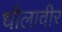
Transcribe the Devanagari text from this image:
धौलावीर